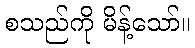
စသည်ကို မိန့်သော်။